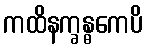
ကထိနက္ခန္ဓကေပိ